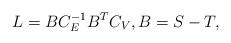
LaTeX: \begin{align*}L=BC_E^{-1}B^TC_V,B=S-T,\end{align*}